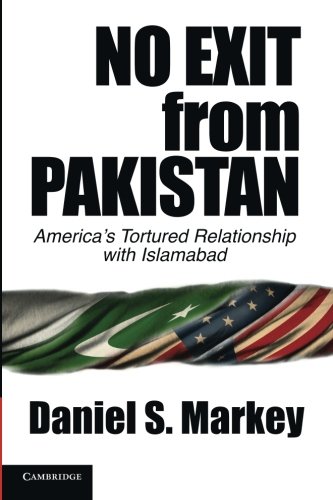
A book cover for No Exit from Pakistan: America's Tortured Relationship with Islamabad; Daniel S. Markey; History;